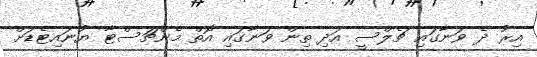
އިރު ދެ ވަނާގައި ޗެލްސީ އަދި ތިން ވަނާގައި އޮތް މެންޗަސްޓާ ޔުނައިޓެޑަށް